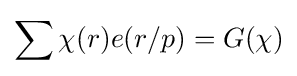
\sum \chi (r)e(r/p)=G(\chi )